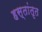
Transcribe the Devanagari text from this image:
हस्तांतृत